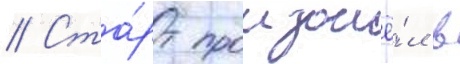
// Ста́рт произошё́л в